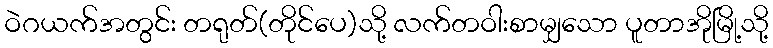
ဝဲဂယက်အတွင်း တရုတ်(တိုင်ပေ)သို့ လက်တဝါးစာမျှသော ပူတာအိုမြို့သို့